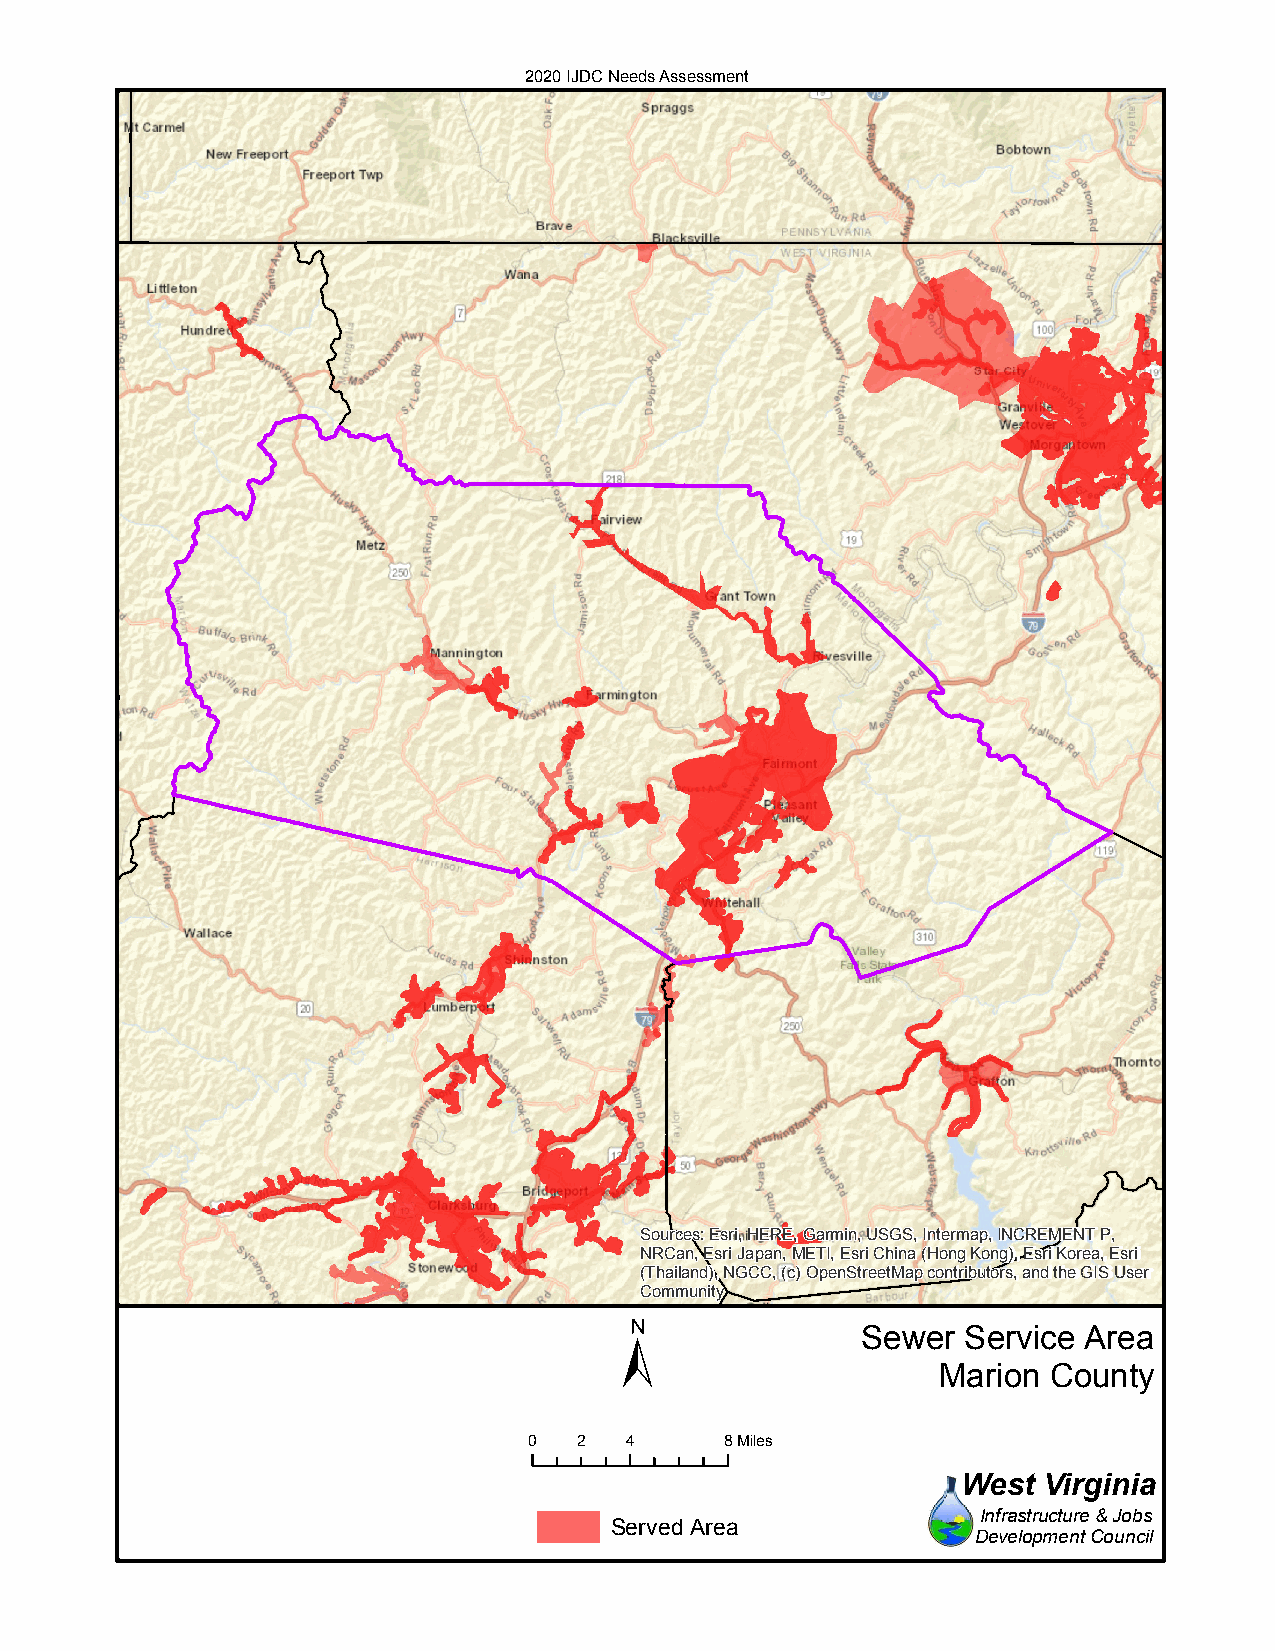
2020 IJDC Needs Assessment
 Sources: Esri, HERE, Garmin, USGS, Intermap, INCREMENT P,
 NRCan, Esri Japan, METI, Esri China (Hong Kong), Esri Korea, Esri
 (Thailand), NGCC, (c) OpenStreetMap contributors, and the GIS User
 Community
 ±
 Sewer  Service Area
 Marion County
 0  2  4      8Miles
 West Virginia
 Infrastructure & Jobs
 Served Area
 Development Council